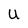
Character: U